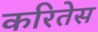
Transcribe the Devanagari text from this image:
करितेस